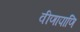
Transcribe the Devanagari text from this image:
वीणापाणि